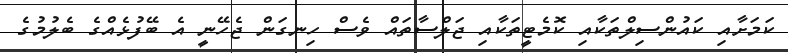
ކަމަށާއި ކައުންސިލްތަކާއި ކޮމެޓީތަކާއި ޖަލްސާތައް ވެސް ހިނގަން ޖެހޭނީ އެ ބޭފުޅެއްގެ ބެލުމުގެ